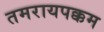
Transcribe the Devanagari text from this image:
तमरायपक्कम